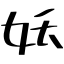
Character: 妖